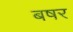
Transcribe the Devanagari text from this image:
बषर